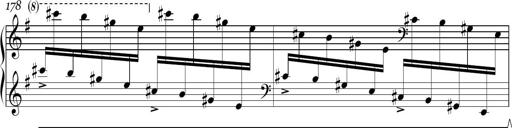
Title: Sonatina in E minor
Composer: Shuwen Zhang
Key: E minor